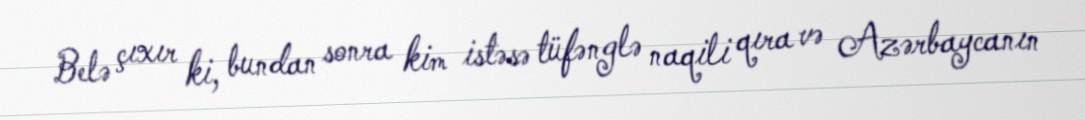
Belə çıxır ki, bundan sonra kim istəsə tüfənglə naqili qıra və Azərbaycanın